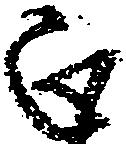
正